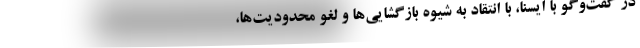
در گفت‌وگو با ایسنا، با انتقاد به شیوه بازگشایی‌ها و لغو محدودیت‌ها،